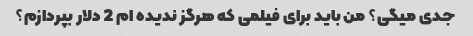
جدی میگی؟ من باید برای فیلمی که هرگز ندیده ام 2 دلار بپردازم؟